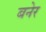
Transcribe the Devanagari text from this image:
बनेर